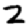
Digit: 2